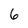
Character: 6